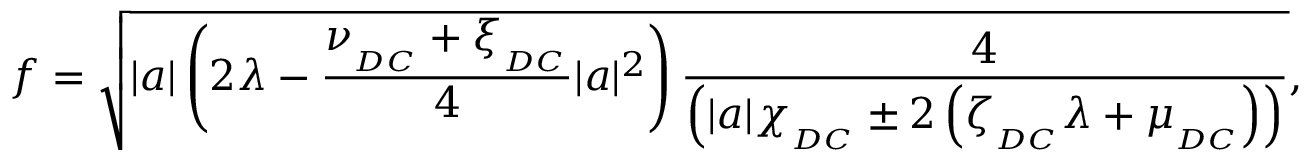
f = \sqrt { | a | \left( 2 \lambda - \frac { \nu _ { _ { D C } } + \xi _ { _ { D C } } } { 4 } | a | ^ { 2 } \right) \frac { 4 } { \left( | a | \chi _ { _ { D C } } \pm 2 \left( \zeta _ { _ { D C } } \lambda + \mu _ { _ { D C } } \right) \right) } } ,